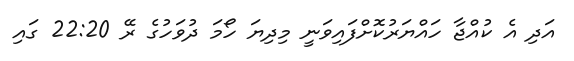
އަދި އެ ކުއްޖާ ހައްޔަރުކޮށްފައިވަނީ މިދިޔަ ހޯމަ ދުވަހުގެ ރޭ 22:20 ގައި